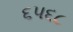
૬૫૬૮